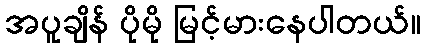
အပူချိန် ပိုမို မြင့်မားနေပါတယ်။